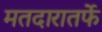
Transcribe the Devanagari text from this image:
मतदारातर्फे